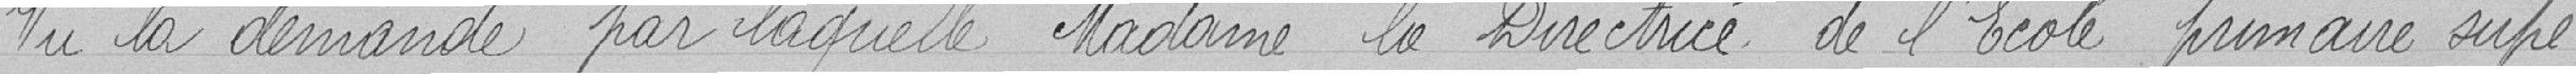
Vu la demande par laquelle Madame la Directrice de l'Ecole primaire supé-